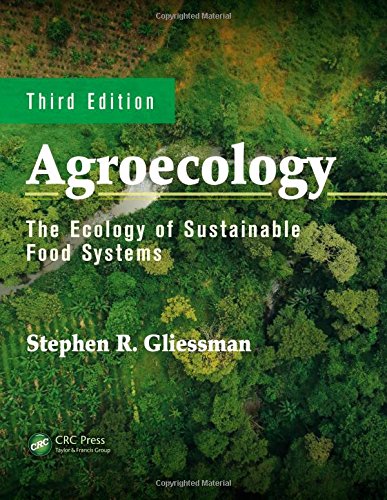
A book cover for Agroecology: The Ecology of Sustainable Food Systems; Stephen R. Gliessman; Science & Math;